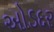
ઓડદર